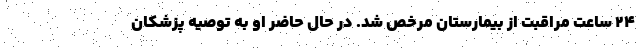
۲۴ ساعت مراقبت از بیمارستان مرخص شد. در حال حاضر او به توصیه پزشکان